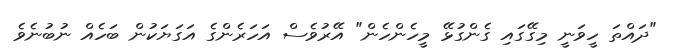
"ދައްތަ ހީވަނީ މިގޭގައި ގެންގުޅޭ މީހެންހެން" އޭރުވެސް އަހަރެންގެ އަގަޔަކުން ބަހެއް ނުބުނެވެ